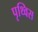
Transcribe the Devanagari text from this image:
पृथ्विस